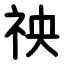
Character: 䄃